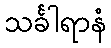
သင်္ခါရာနံ